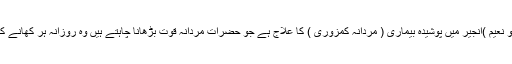
* آپ ﷺ نے فرمایا انجیر جنگ کا پھل ہے ( ابو نعیم )انجیر میں پوشیدہ بیماری ( مردانہ کمزوری ) کا علاج ہے جو حضرات مردانہ قوت بڑھانا چاہتے ہیں وہ روزانہ ہر کھانے کے بعد ۳؍ انجیر کھائیں انشاء اللہ جلد فائدہ ہوگا۔